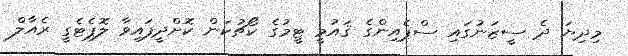
މިދިޔަ ދެ ސީޒަނުގައި ސްޕެއިންގެ ޤައުމީ ޓީމުގެ ކޯޗުކަން ކޮށްދީފައިވާ ލޮޕެޓެގީ ރެއާލް